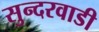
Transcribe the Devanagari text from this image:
सुन्दरवाडी